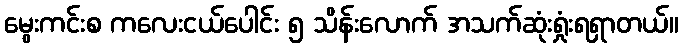
မွေးကင်းစ ကလေးငယ်ပေါင်း ၅ သိန်းလောက် အသက်ဆုံးရှုံးရရှာတယ်။